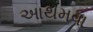
આથમવા